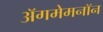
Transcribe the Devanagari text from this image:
अॅगमेमनॉन